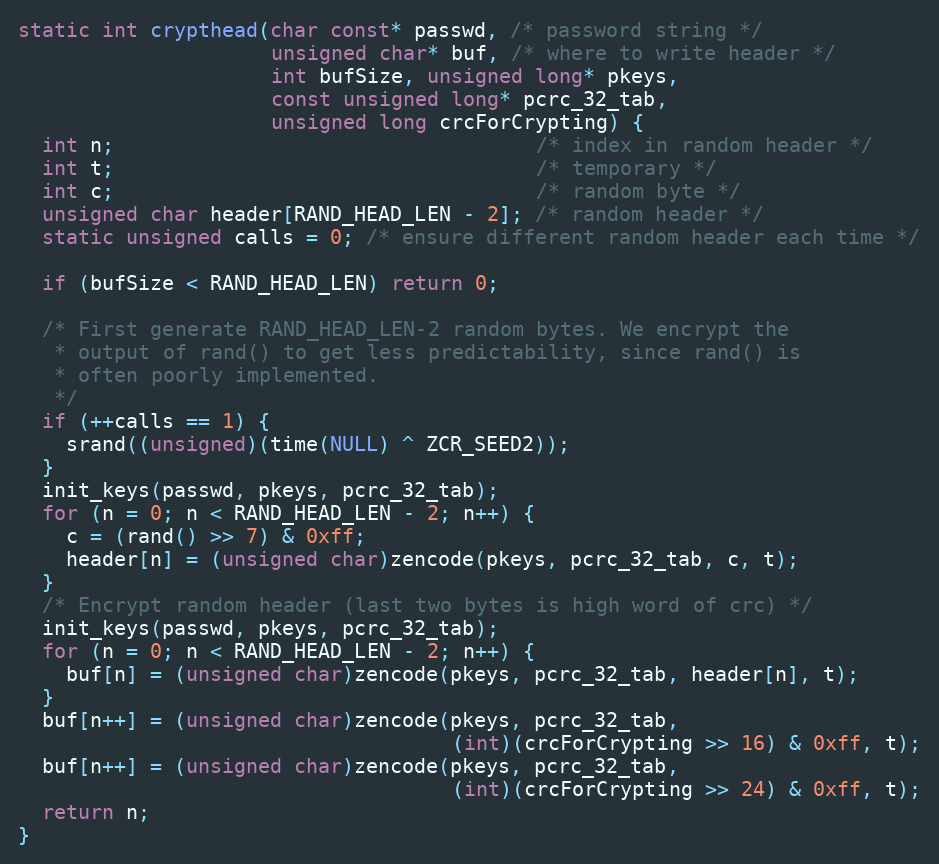
Language: C
static int crypthead(char const* passwd, /* password string */
                     unsigned char* buf, /* where to write header */
                     int bufSize, unsigned long* pkeys,
                     const unsigned long* pcrc_32_tab,
                     unsigned long crcForCrypting) {
  int n;                                   /* index in random header */
  int t;                                   /* temporary */
  int c;                                   /* random byte */
  unsigned char header[RAND_HEAD_LEN - 2]; /* random header */
  static unsigned calls = 0; /* ensure different random header each time */

  if (bufSize < RAND_HEAD_LEN) return 0;

  /* First generate RAND_HEAD_LEN-2 random bytes. We encrypt the
   * output of rand() to get less predictability, since rand() is
   * often poorly implemented.
   */
  if (++calls == 1) {
    srand((unsigned)(time(NULL) ^ ZCR_SEED2));
  }
  init_keys(passwd, pkeys, pcrc_32_tab);
  for (n = 0; n < RAND_HEAD_LEN - 2; n++) {
    c = (rand() >> 7) & 0xff;
    header[n] = (unsigned char)zencode(pkeys, pcrc_32_tab, c, t);
  }
  /* Encrypt random header (last two bytes is high word of crc) */
  init_keys(passwd, pkeys, pcrc_32_tab);
  for (n = 0; n < RAND_HEAD_LEN - 2; n++) {
    buf[n] = (unsigned char)zencode(pkeys, pcrc_32_tab, header[n], t);
  }
  buf[n++] = (unsigned char)zencode(pkeys, pcrc_32_tab,
                                    (int)(crcForCrypting >> 16) & 0xff, t);
  buf[n++] = (unsigned char)zencode(pkeys, pcrc_32_tab,
                                    (int)(crcForCrypting >> 24) & 0xff, t);
  return n;
}